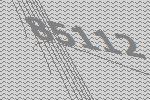
85112